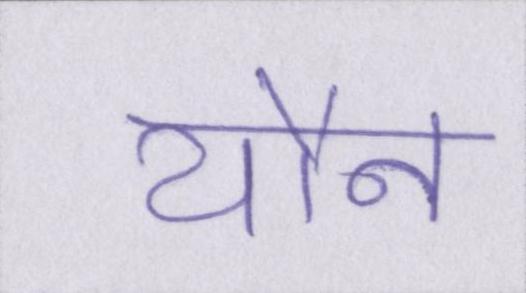
यौन